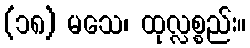
(၁၈) မသေ၊ ထုလ္လစ္စည်း။